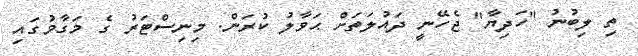
ތި ލިބުނު "ހަދިޔާ" ޖެހޭނީ ދައުލަތަށް ޙަވާލު ކުރަން. މިނިސްޓަރު ގެ މަގާމުގައި